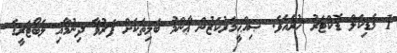
1 މެޑިކަލް ޑޮކްޓަރު ހުރެއެވެ. ޞިއްޙީމަރުކަޒުން ޢާންމު ބަލިތަކަށް ފަރުވާ ދިނުމާއި ލެބޯޓަރީގެ